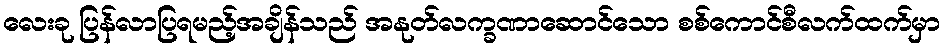
လေးခု ပြန်လာပြရမည့်အချိန်သည် အနုတ်လက္ခဏာဆောင်သော စစ်ကောင်စီလက်ထက်မှာ